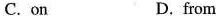
C. on D.from